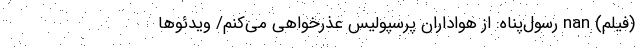
(فیلم) nan رسول‌پناه: از هواداران پرسپولیس عذرخواهی می‌کنم/ ویدئوها